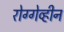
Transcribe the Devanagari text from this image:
रोग्गेव्हीन